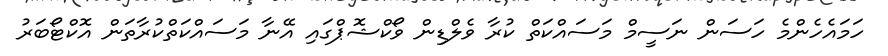
ހަމައެހެންމެ ހަސަން ނަސީމް މަސައްކަތް ކުރާ ވެލްޑިން ވޯކްޝޮޕްގައި އޭނާ މަސައްކަތްކުރާތަން އޮކްޓޯބަރު